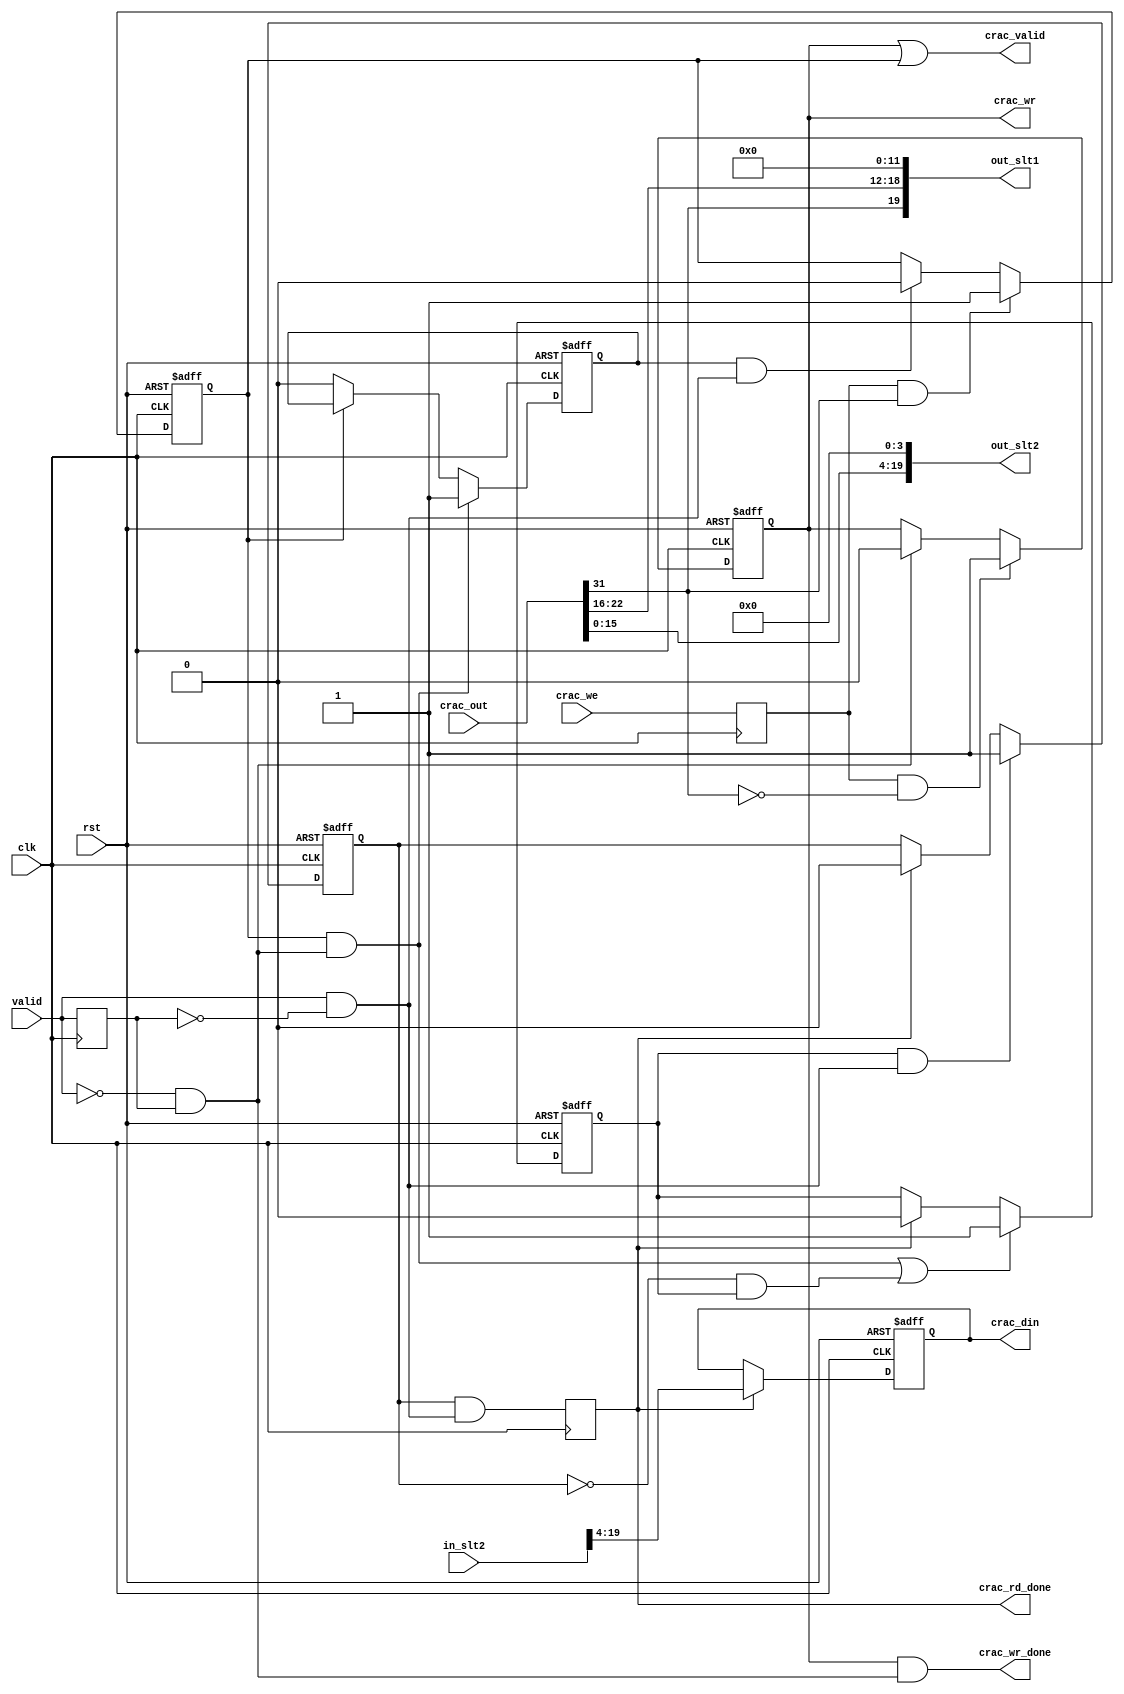
module ac97_cra(clk, rst,

		crac_we, crac_din, crac_out,
		crac_wr_done, crac_rd_done,

		valid, out_slt1, out_slt2,
		in_slt2,

		crac_valid, crac_wr
		);

input		clk, rst;
input		crac_we;
output	[15:0]	crac_din;
input	[31:0]	crac_out;
output		crac_wr_done, crac_rd_done;

input		valid;
output	[19:0]	out_slt1;
output	[19:0]	out_slt2;
input	[19:0]	in_slt2;

output		crac_valid;
output		crac_wr;


////////////////////////////////////////////////////////////////////
//
// Local Wires
//

reg		crac_wr;
reg		crac_rd;
reg		crac_rd_done;
reg	[15:0]	crac_din;
reg		crac_we_r;
reg		valid_r;
wire		valid_ne;
wire		valid_pe;
reg		rdd1, rdd2, rdd3;

////////////////////////////////////////////////////////////////////
//
// Codec Register Data Path
//

// Control
assign out_slt1[19]    = crac_out[31];
assign out_slt1[18:12] = crac_out[22:16];
assign out_slt1[11:0]  = 12'h0;

// Write Data
assign out_slt2[19:4] = crac_out[15:0];
assign out_slt2[3:0] = 4'h0;

// Read Data
always @(posedge clk or negedge rst)
   begin
	if(!rst)		crac_din <= #1 16'h0;
	else
	if(crac_rd_done)	crac_din <= #1 in_slt2[19:4];
   end

////////////////////////////////////////////////////////////////////
//
// Codec Register Access Tracking
//

assign crac_valid = crac_wr | crac_rd;

always @(posedge clk)
	crac_we_r <= #1 crac_we;

always @(posedge clk or negedge rst)
	if(!rst)			crac_wr <= #1 1'b0;
	else
	if(crac_we_r & !crac_out[31])	crac_wr <= #1 1'b1;
	else
	if(valid_ne)			crac_wr <= #1 1'b0;

assign crac_wr_done = crac_wr & valid_ne;

always @(posedge clk or negedge rst)
	if(!rst)			crac_rd <= #1 1'b0;
	else
	if(crac_we_r & crac_out[31])	crac_rd <= #1 1'b1;
	else
	if(rdd1 & valid_pe)		crac_rd <= #1 1'b0;

always @(posedge clk or negedge rst)
	if(!rst)			rdd1 <= #1 1'b0;
	else
	if(crac_rd & valid_ne)		rdd1 <= #1 1'b1;
	else
	if(!crac_rd)			rdd1 <= #1 1'b0;

always @(posedge clk or negedge rst)
	if(!rst)					rdd2 <= #1 1'b0;
	else
	if( (crac_rd & valid_ne) | (!rdd3 & rdd2) )	rdd2 <= #1 1'b1;
	else
	if(crac_rd_done)				rdd2 <= #1 1'b0;

always @(posedge clk or negedge rst)
	if(!rst)			rdd3 <= #1 1'b0;
	else
	if(rdd2 & valid_pe)		rdd3 <= #1 1'b1;
	else
	if(crac_rd_done)		rdd3 <= #1 1'b0;

always @(posedge clk)
	crac_rd_done <= #1 rdd3 & valid_pe;

always @(posedge clk)
	valid_r <= #1 valid;

assign valid_ne = !valid & valid_r;

assign valid_pe = valid & !valid_r;

endmodule